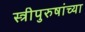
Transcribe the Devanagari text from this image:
स्त्रीपुरुषांच्या